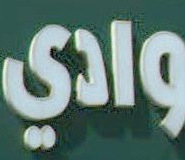
وادي